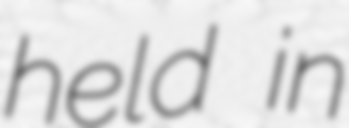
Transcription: held in